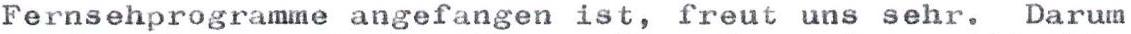
Fernsehprogramme angefangen ist, freut uns sehr. Darum